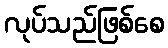
လုပ်သည်ဖြစ်စေ